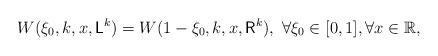
LaTeX: \begin{align*}W(\xi_0,k,x,\mathsf{L}^k)=W(1-\xi_0,k,x,\mathsf{R}^k), ~\forall \xi_0\in [0,1], \forall x\in\mathbb{R},\end{align*}